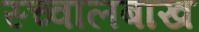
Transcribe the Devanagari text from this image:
स्च्वालबाख